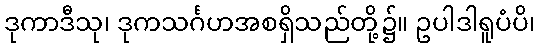
ဒုကာဒီသု၊ ဒုကသင်္ဂဟအစရှိသည်တို့၌။ ဥပါဒါရူပံပိ၊